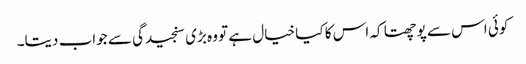
کوئی اس سے پوچھتا کہ اس کا کیا خیال ہے تو وہ بڑی سنجیدگی سے جواب دیتا۔